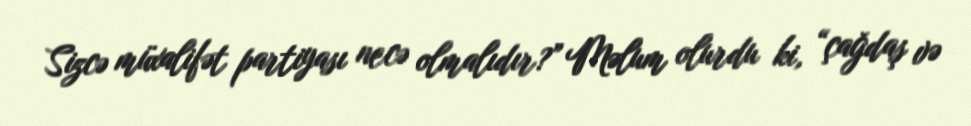
Sizcə müxalifət partiyası necə olmalıdır?” Məlum olurdu ki, “çağdaş və